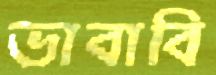
ভাবাবি